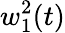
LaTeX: w_{1}^{2}(t)